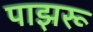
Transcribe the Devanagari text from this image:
पाझरू